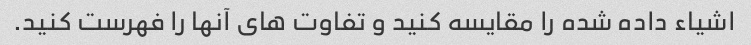
اشیاء داده شده را مقایسه کنید و تفاوت های آنها را فهرست کنید.